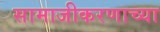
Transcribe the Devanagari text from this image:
सामाजीकरणाच्या